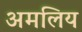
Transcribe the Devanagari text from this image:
अमलिय